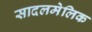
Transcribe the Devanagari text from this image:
सादलमेलिक